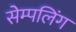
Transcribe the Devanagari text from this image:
सेम्पलिंग